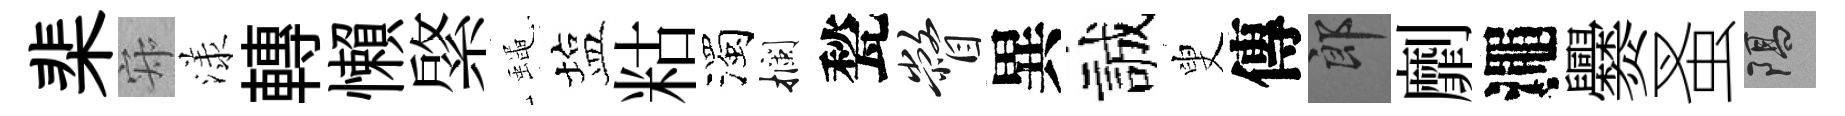
棐寂漾轉懶綮蠅塩䊀濁攔甃瞥異誠叟傳郎劘澠爨蚤隔